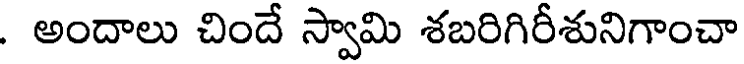
. అందాలు చిందే స్వామి శబరిగిరీశునిగాంచా